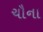
ચૌના